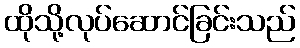
ထိုသို့လုပ်ဆောင်ခြင်းသည်